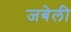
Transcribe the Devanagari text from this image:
जबेली